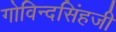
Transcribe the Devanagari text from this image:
गोविन्दसिंहजी